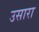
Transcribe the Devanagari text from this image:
उसारा